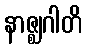
နာဇ္ဈဂါတိ